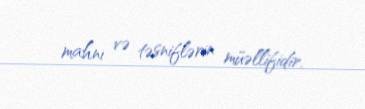
mahnı və təsniflərin müəllifidir.